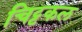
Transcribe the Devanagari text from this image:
चिट्टकल